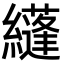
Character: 纄